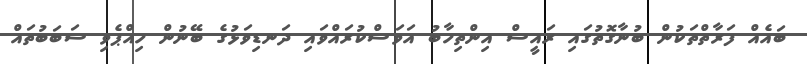
ބައެއް ފަރާތްތަކުން ބުނާގޮތުގައި ރައީސް އިންތިހާބު އަވަސްކުރައްވައި ދަނޑިވަޅުގެ ބޭނުން ހިއްޕެވި ސަބަބުތައް